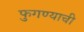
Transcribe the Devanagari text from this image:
फुगण्याची